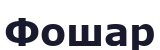
Фошар